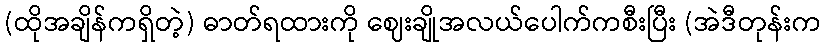
(ထိုအချိန်ကရှိတဲ့) ဓာတ်ရထားကို ဈေးချိုအလယ်ပေါက်ကစီးပြီး (အဲဒီတုန်းက